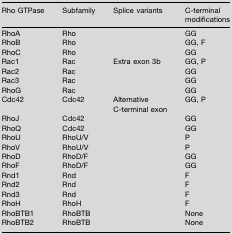
<table><thead><tr><td><b>Rho GTPase</b></td><td><b>Subfamily</b></td><td><b>Splice variants</b></td><td><b>C-terminal modifications</b></td></tr></thead><tbody><tr><td>RhoA</td><td>Rho</td><td></td><td>GG</td></tr><tr><td>RhoB</td><td>Rho</td><td></td><td>GG, F</td></tr><tr><td>RhoC</td><td>Rho</td><td></td><td>GG</td></tr><tr><td>Rac1</td><td>Rac</td><td>Extra exon 3b</td><td>GG, P</td></tr><tr><td>Rac2</td><td>Rac</td><td></td><td>GG</td></tr><tr><td>Rac3</td><td>Rac</td><td></td><td>GG</td></tr><tr><td>RhoG</td><td>Rac</td><td></td><td>GG</td></tr><tr><td>Cdc42</td><td>Cdc42</td><td>Alternative C-terminal exon</td><td>GG, P</td></tr><tr><td>RhoJ</td><td>Cdc42</td><td></td><td>GG</td></tr><tr><td>RhoQ</td><td>Cdc42</td><td></td><td>GG</td></tr><tr><td>RhoU</td><td>RhoU/V</td><td></td><td>P</td></tr><tr><td>RhoV</td><td>RhoU/V</td><td></td><td>P</td></tr><tr><td>RhoD</td><td>RhoD/F</td><td></td><td>GG</td></tr><tr><td>RhoF</td><td>RhoD/F</td><td></td><td>GG</td></tr><tr><td>Rnd1</td><td>Rnd</td><td></td><td>F</td></tr><tr><td>Rnd2</td><td>Rnd</td><td></td><td>F</td></tr><tr><td>Rnd3</td><td>Rnd</td><td></td><td>F</td></tr><tr><td>RhoH</td><td>RhoH</td><td></td><td>F</td></tr><tr><td>RhoBTB1</td><td>RhoBTB</td><td></td><td>None</td></tr><tr><td>RhoBTB2</td><td>RhoBTB</td><td></td><td>None</td></tr></tbody></table>